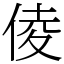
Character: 倰